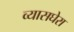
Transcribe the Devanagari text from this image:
व्यासघेरा